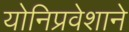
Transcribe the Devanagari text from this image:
योनिप्रवेशाने